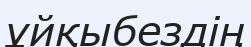
ұйқыбездің